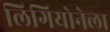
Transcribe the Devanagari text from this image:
लिगियोनेला